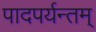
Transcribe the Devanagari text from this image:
पादपर्यन्तम्‌